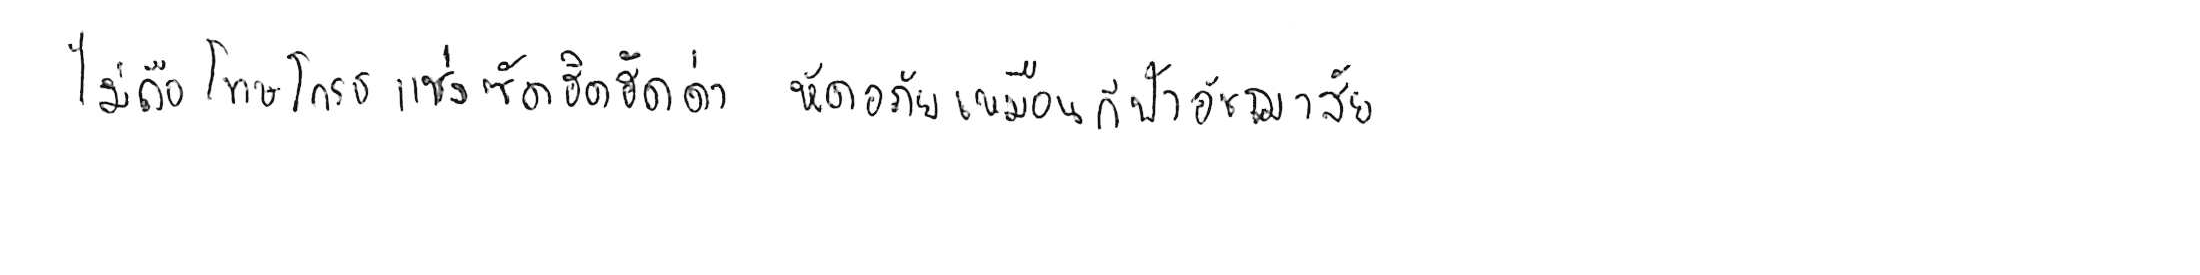
ไม่ถือโทษโกรธแช่งซัดฮึดฮัดด่า หัดอภัยเหมือนกีฬาอัชฌาสัย